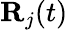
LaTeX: {\mathbf R}_{j}(t)